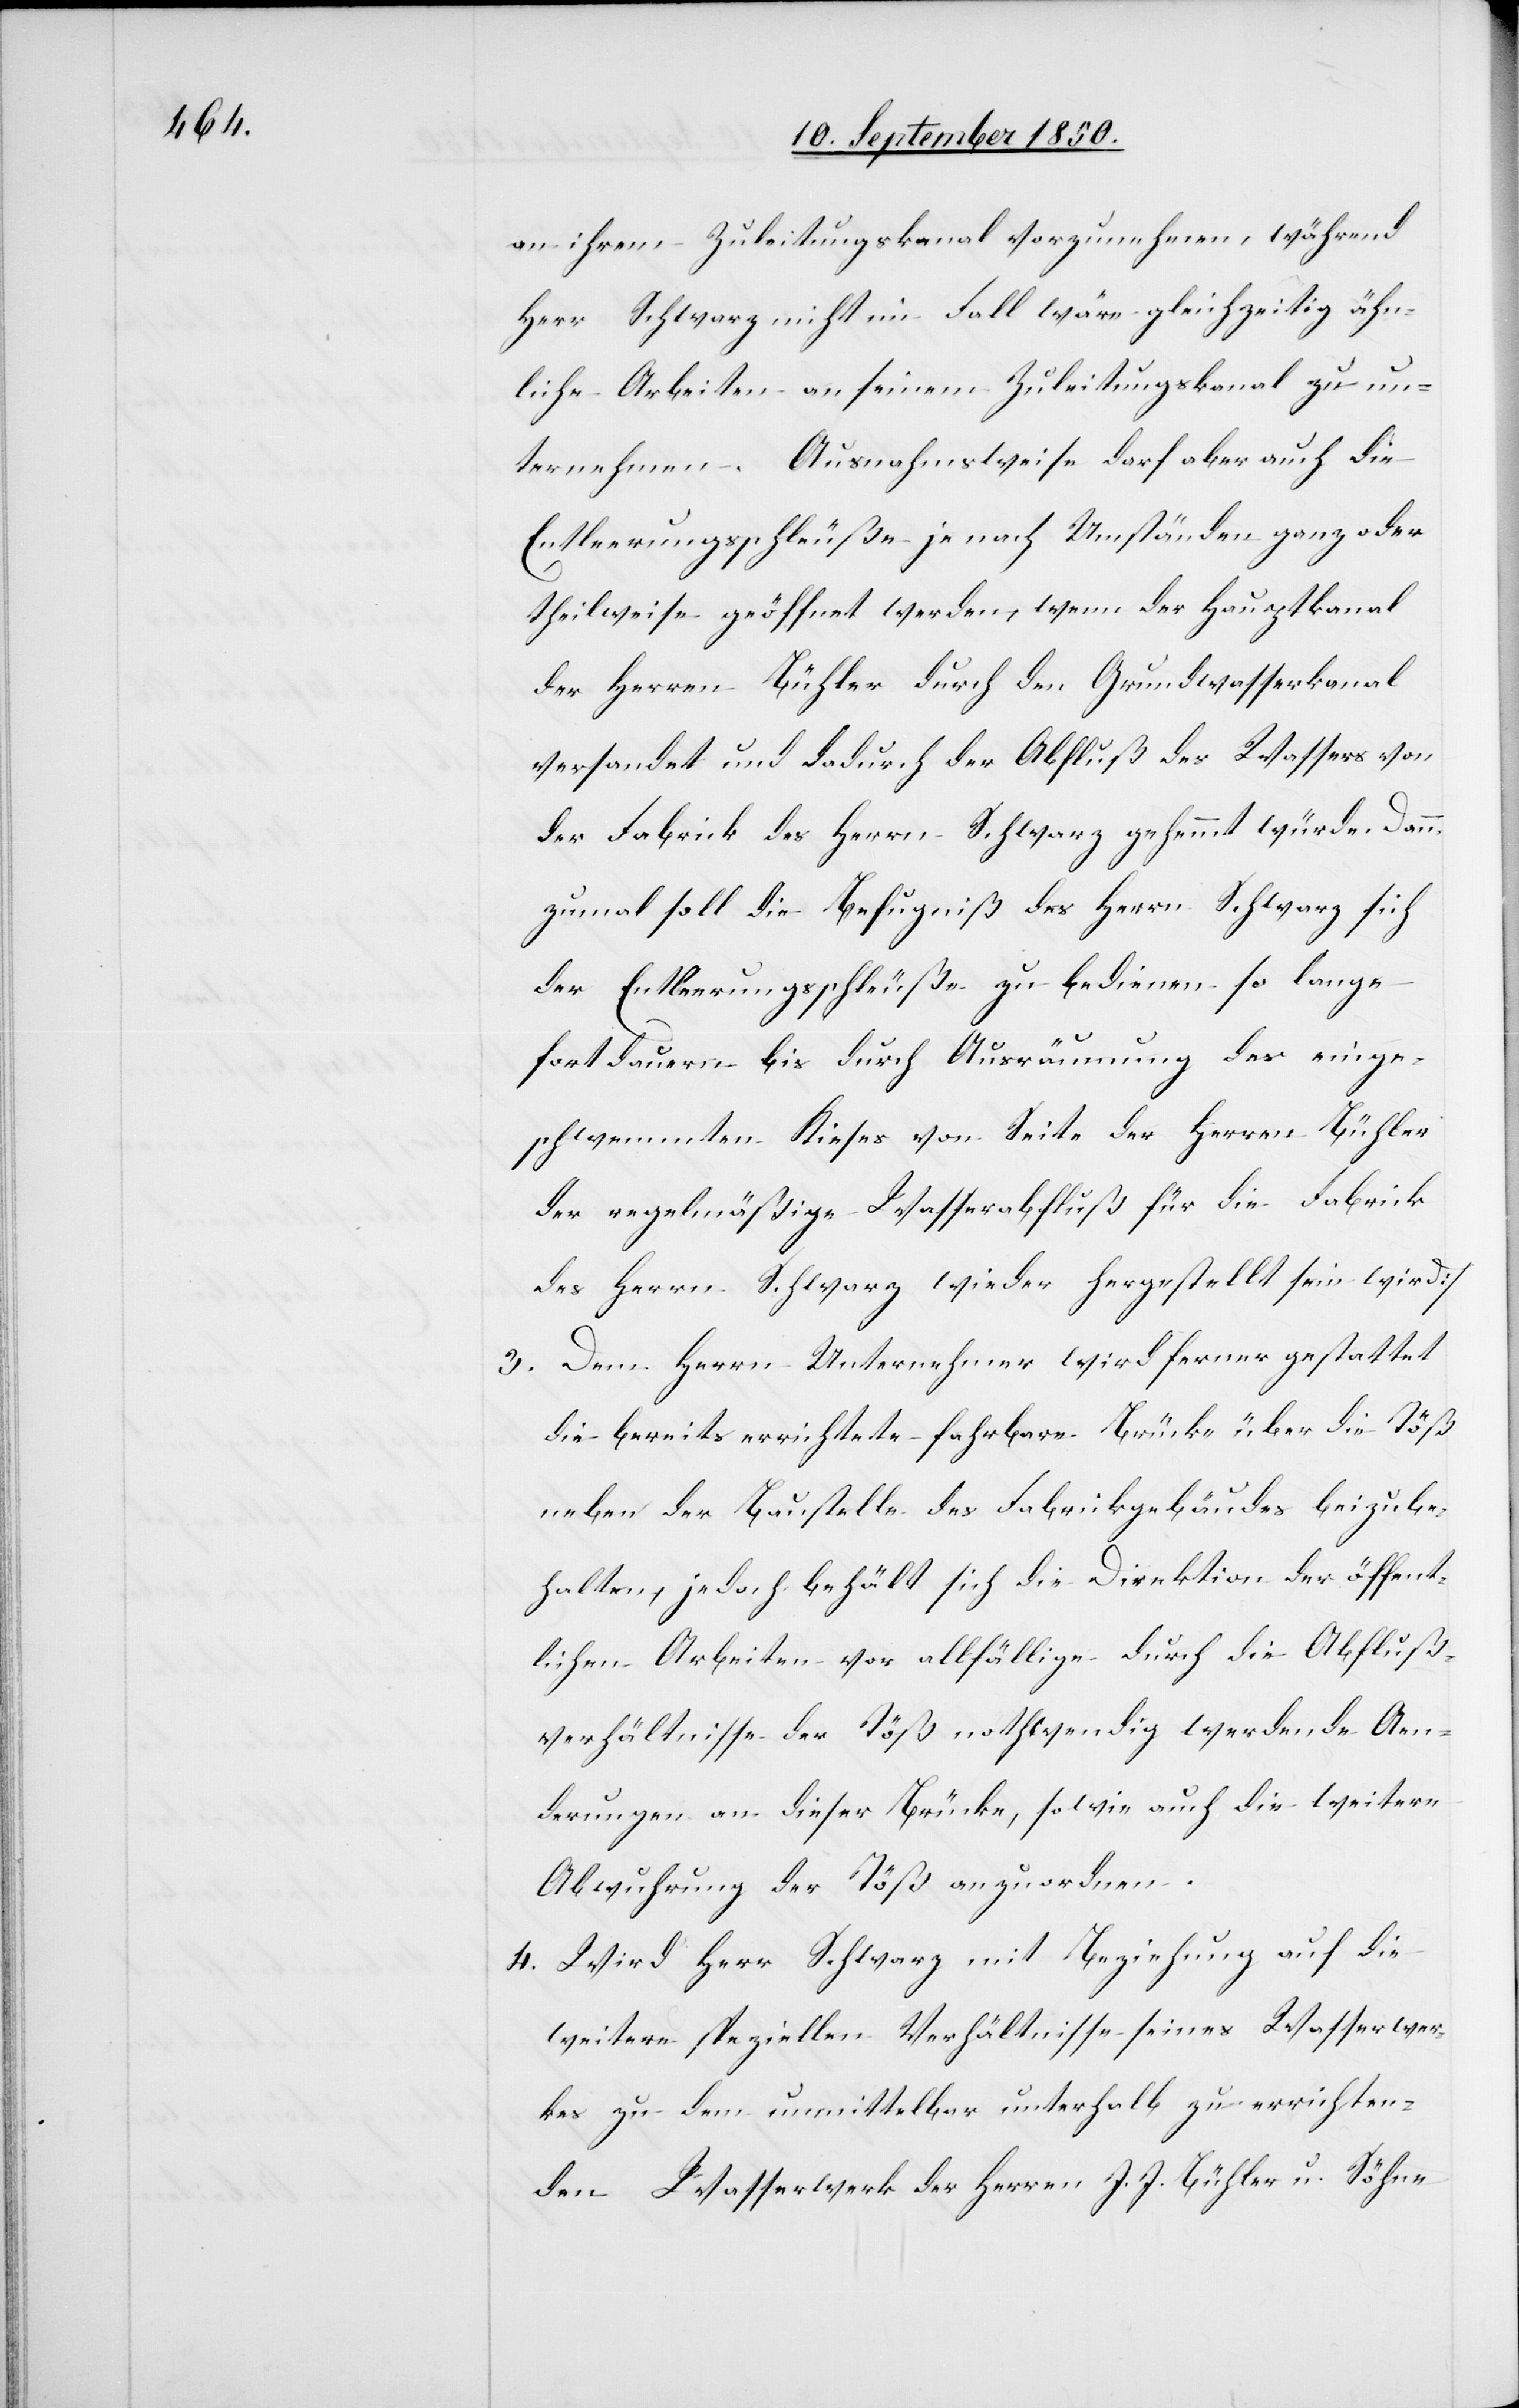
an ihrem Zuleitungskanal vorzunehmen, während
Herr Schwarz nicht im Fall wäre gleichzeitig ähn¬
liche Arbeiten an seinem Zuleitungskanal zu un¬
ternehmen. Ausnahmsweise darf aber auch die
Entleerungsschleuße je nach Umständen ganz oder
theilweise geöffnet werden, wenn der Hauptkanal
der Herren Bühler durch den Grundwasserkanal
versandet und dadurch der Abfluß des Wassers von
der Fabrick des Herrn Schwarz gehemmt würde. Dann¬
zumal soll die Befugniß des Herrn Schwarz sich
der Entleerungsschleuße zu bedienen so lange
fortdauern bis durch Ausräumung des einge¬
schwemmten Kieses von Seite der Herren Bühler
der regelmäßige Wasserabfluß für die Fabrick
des Herrn Schwarz wieder hergestellt sein wird]
3. Dem Herrn Unternehmer wird ferner gestattet
die bereits errichtete fahrbare Brücke über die Töß
neben der Baustelle des Fabrickgebäudes beizube¬
halten, jedoch behält sich die Direktion der öffent¬
lichen Arbeiten vor allfällige durch die Abfluß¬
verhältnisse der Töß nothwendig werdende Aen¬
derungen an dieser Brücke, sowie auch die weitere
Abwuhrung der Töß anzuordnen.
4. Wird Herr Schwarz mit Beziehung auf die
weitern speziellen Verhältnisse seines Wasserwer¬
kes zu dem unmittelbar unterhalb zu errichten¬
den Wasserwerk der Herren J. J. Bühler u. Söhne